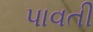
પાવતી